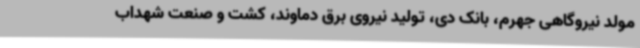
مولد نیروگاهی جهرم، بانک دی، تولید نیروی برق دماوند، کشت و صنعت شهداب